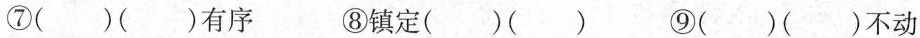
⑦()()有序 ⑧镇定()() ⑨()()不动